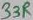
Text: 33R